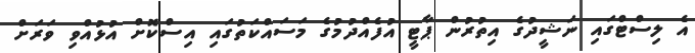
އެ ލިސްޓްގައި ނަޝީދުގެ އިތުރުން ޕާޓީ އުފެއްދުމުގެ މަސައްކަތުގައި އިސްކޮށް އުޅުއްވި ވަރަށް